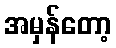
အမှန်တော့